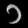
Digit: ၁